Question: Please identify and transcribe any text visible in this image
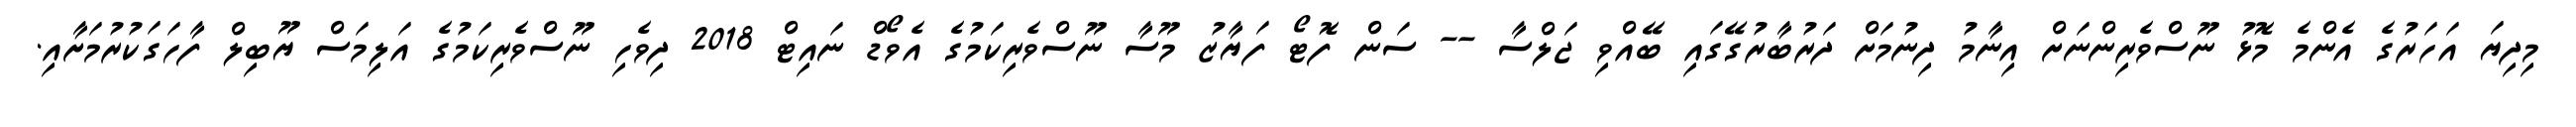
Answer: މިދިޔަ އަހަރުގެ އެންމެ މޮޅު ނޫސްވެރިންނަށް އިނާމު ދިނުމަށް ދަރުބާރުގޭގައި ބޭއްވި ޖަލްސާ -- ސަން ފޮޓޯ ފަޔާޒު މޫސާ ނޫސްވެރިކަމުގެ އެވޯޑް ނައިޓް 2018 ދިވެހި ނޫސްވެރިކަމުގެ އަލިމަސް ޔޫބިލް ފާހަގަކުރުމަށާއި.